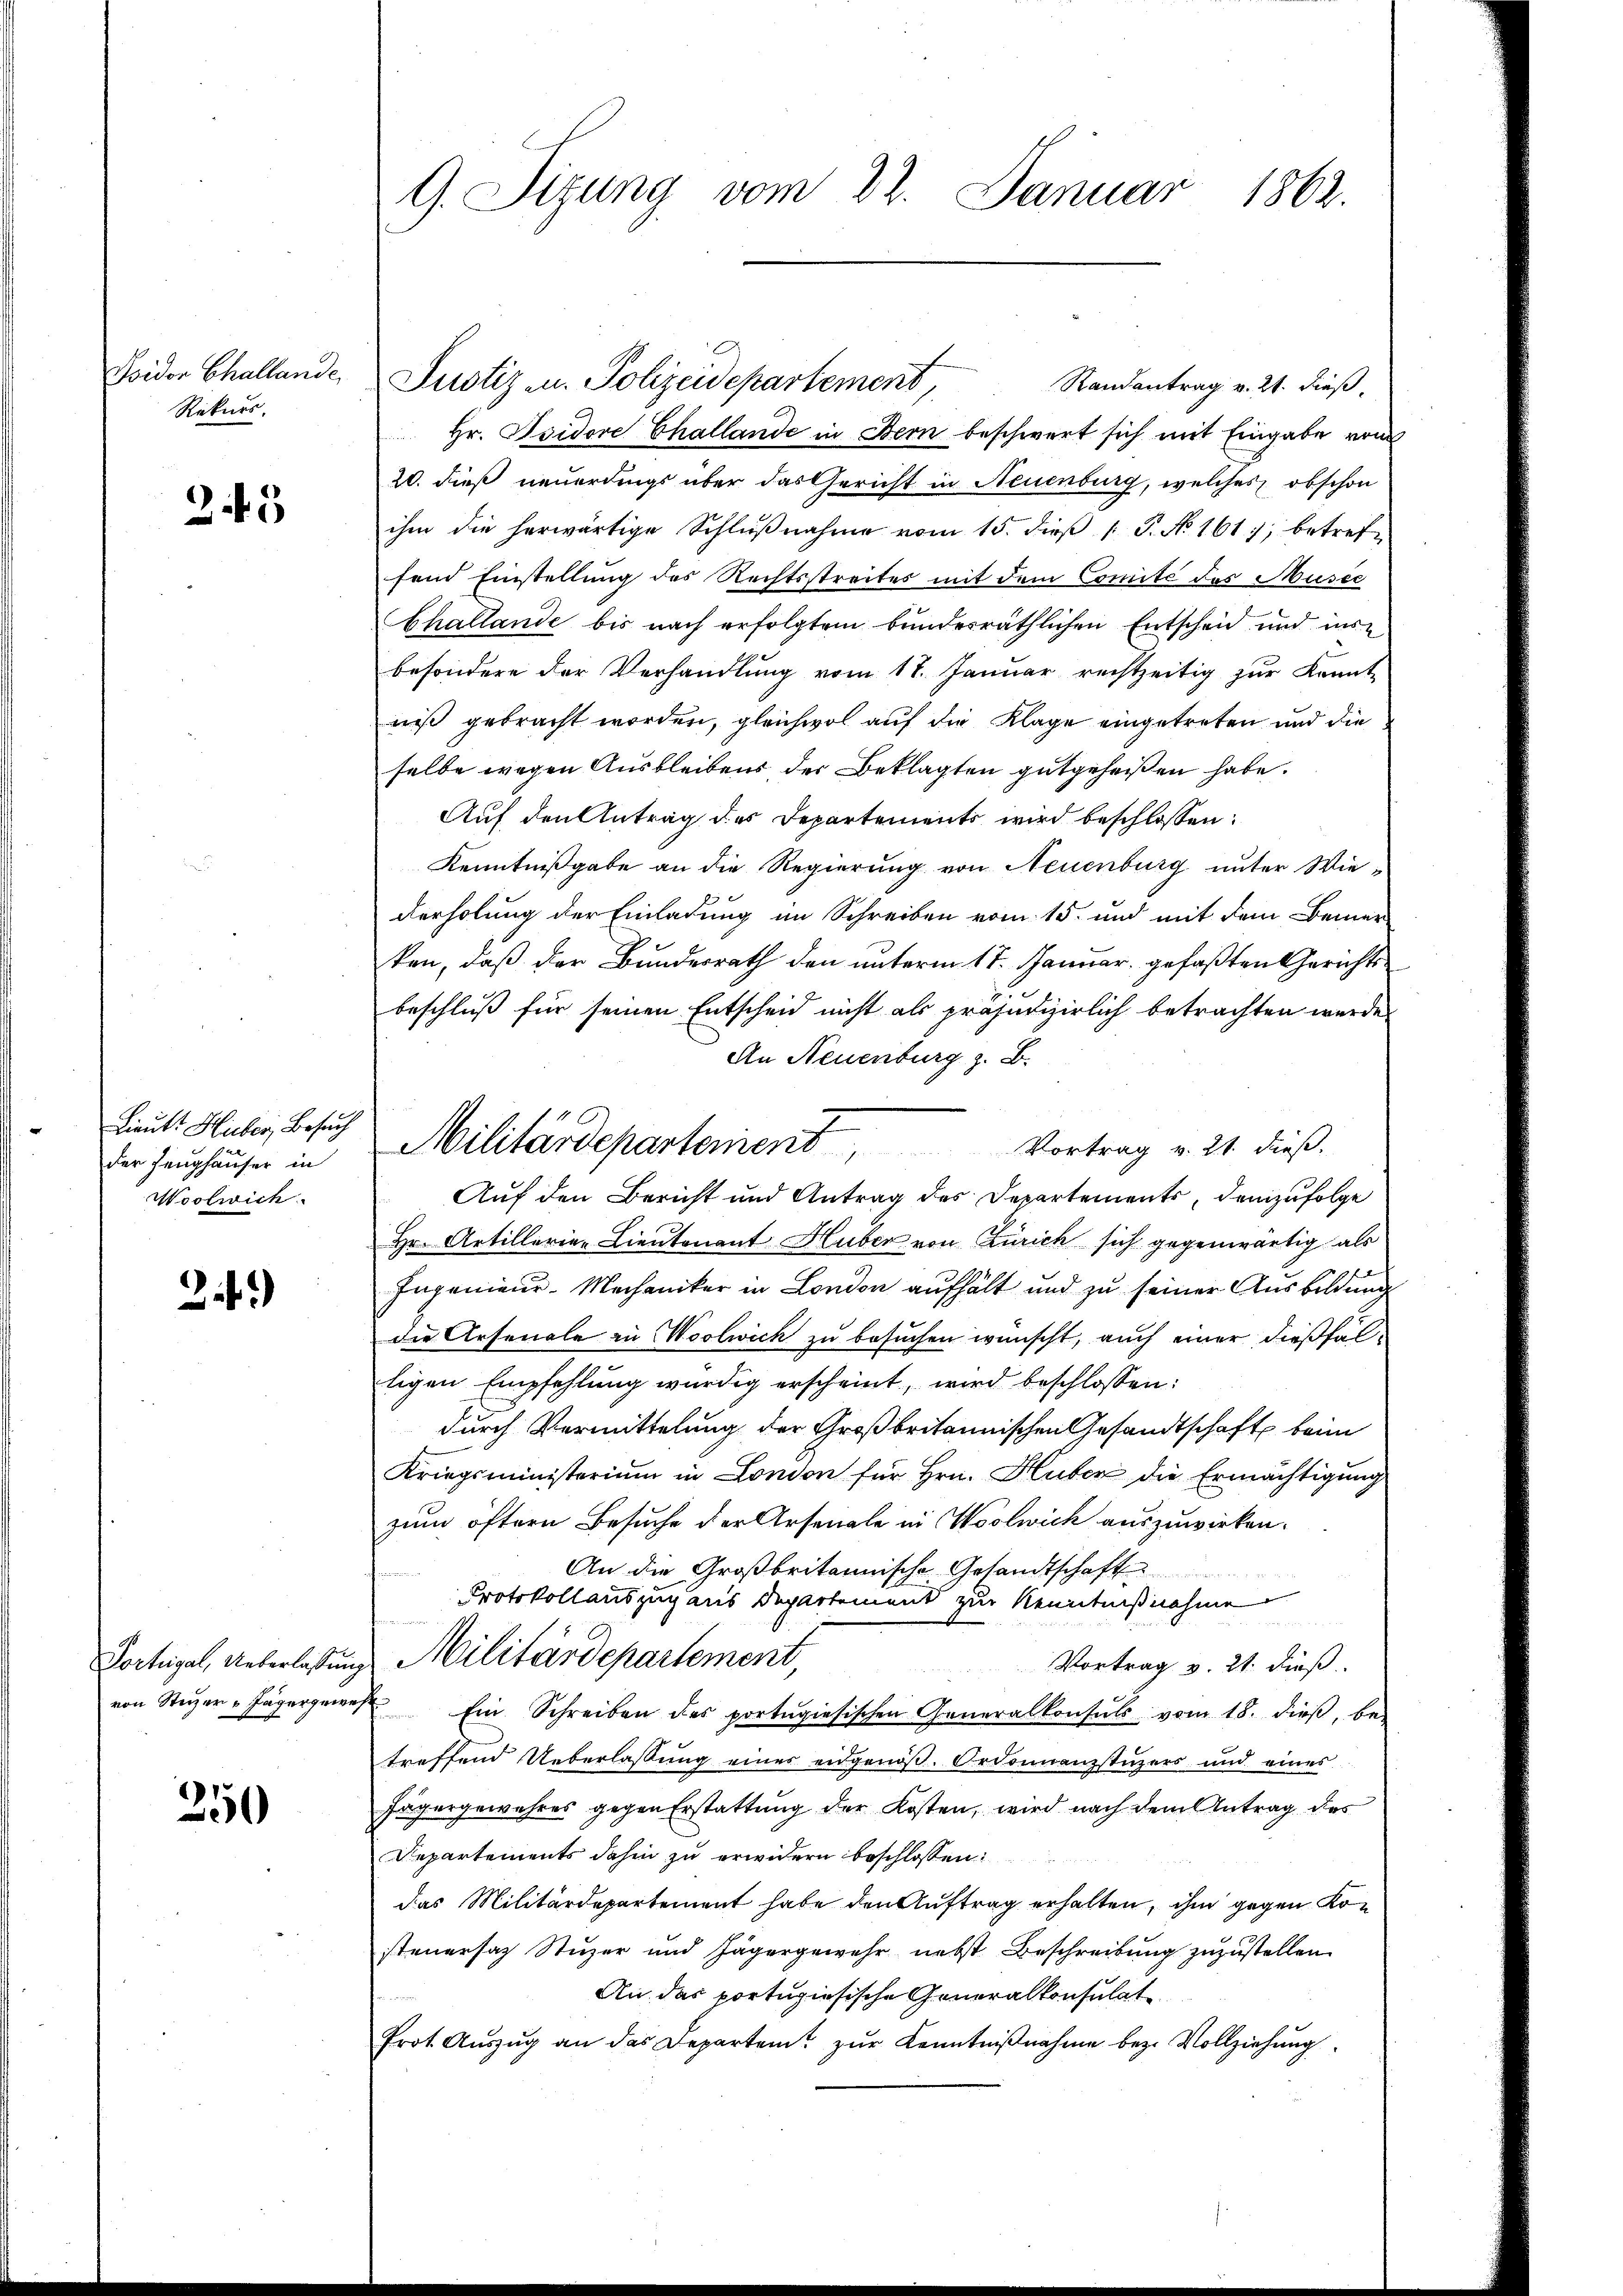
Isidor Challande
Rekurs.

245

Lieutt Huber, Besuch
der Zeughäuser in
Woolwich

2)

Portugal, Ueberlassung
von Stuzer u Jägergewes

250

G. Sizung vom 22. Januar 1862.

Justiz u. Polizeidepartement,
Randantrag v. 21. dieß,
Hr. Isidore Challande in Stern beschwert sich mit Eingabe von
20. dieß neuerdings über das Gericht in Neuenburg, welches obschon
ihm die herwärtige Schlŭβnahme vom 15. dieβ 1 P. No. 161, betreffend Einstellung des Rechtsstreites mit dem Comité des Musee
Challande bis nach erfolgtem bundesräthlichen Entscheid und ins
besondere der Verhandlung vom 17. Januar rechtzeitig zur Kannte
niß gebracht worden, gleichwol auf die Klage eingetreten und die
selbe wegen Ausbleibens der Beklagten gutgeheißen habe.
Auf den Antrag des Departements wird beschlossen:
Kenntnißgabe an die Regierung von Neuenburg unter Wiederholung der Einladung im Schreiben vom 15. und mit dem Bemer
ken, daß der Bundesrath den unterm 11. Januar, gefaßten Gerichtsbeschluß für seinen Entscheid nicht als präjudizierlich betrachten werde.
An Neuenburg z. B.
Auf den Bericht und Antrag des Departements, demzufolge
Hr. Artillerie-Lieutenant Huber von Zürich sich gegenwärtig als
Ingenieur-Mechaniker in London aufhält und zu seiner Ausbildung
die Arsenale in Woolwich zu besuchen wünscht, auch einer dießfälligen Empfehlung würdig erscheint, wird beschlossen:
durch Vermittelung der Großbritannischen Gesandtschaft beim
Kriegsministerium in London für Hrn. Huber die Ermächtigung
zum öftern Besuche der Arsenale in Woslwich auszuwirken.
An die Großbritannische Gesandtschaft
Protokollauszug aus Departement zur Kenntnißnahme
an
Militärdepartement
Vortrag v. 21. dieß.
Ein Schreiben des portagiesischen Generalkonsuls vom 18. dieβ, bei
treffend Ueberlassung eines eidgenöß. Ordonnenzstüzers und eines
Jägergewahres gegen Erstattung der Kosten, wird nach dem Antrag des
Departements dahin zu erwidern beschlossen:
das Militärdepartement habe den Auftrag erhalten, ihm gegen Kon
steuersaz Stuzer und Jägergewehr nebst Beschreibung zuzustellen.
An das portugiesische Generalkonsulate
frot. Aŭszŭg an das Departent zŭr Kenntniβnahme bez. Vollziehŭng

Militärdepartement Vortrag v. 21 dieß.